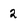
Character: 2